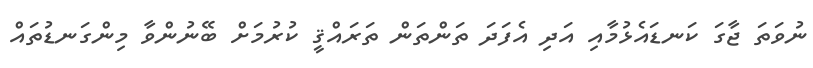
ނުވަތަ ޖާގަ ކަނޑައެޅުމާއި އަދި އެފަދަ ތަންތަން ތަރައްޤީ ކުރުމަށް ބޭނުންވާ މިންގަނޑުތައް